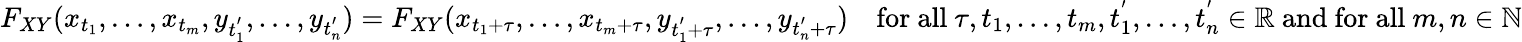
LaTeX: F_{XY}(x_{t_{1}},\ldots,x_{t_{m}},y_{t_{1}^{'}},\ldots,y_{t_{n}^{'}})=F_{XY}(x_{t_{1}+\tau},\ldots,x_{t_{m}+\tau},y_{t_{1}^{'}+\tau},\ldots,y_{t_{n}^{'}+\tau})\quad{\mathrm{for~all~}}\tau,t_{1},\ldots,t_{m},t_{1}^{'},\ldots,t_{n}^{'}\in\mathbb{R}{\mathrm{~and~for~all~}}m,n\in\mathbb{N}